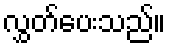
လွှတ်ပေးသည်။